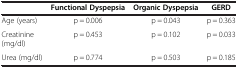
|  | Functional Dyspepsia | Organic Dyspepsia | GERD |
 | --- | --- | --- | --- |
 | Age (years) | p = 0.006 | p = 0.043 | p = 0.363 |
 | Creatinine(mg/dl) | p = 0.453 | p = 0.102 | p = 0.033 |
 | Urea (mg/dl) | p = 0.774 | p = 0.503 | p = 0.185 |